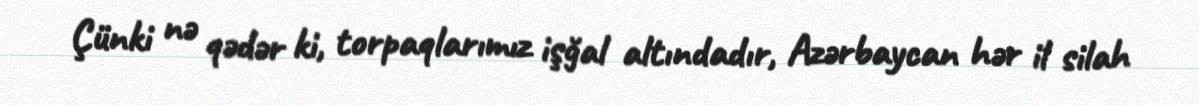
Çünki nə qədər ki, torpaqlarımız işğal altındadır, Azərbaycan hər il silah